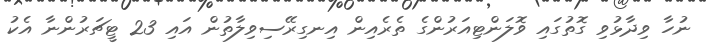
ނުހާ ވިދާޅުވި ގޮތުގައި ވޮލަންޓިއަރުންގެ ތެރެއިން އިނގިރޭސިވިލާތުން އައި 23 ޓީޗަރުންނާ އެކު